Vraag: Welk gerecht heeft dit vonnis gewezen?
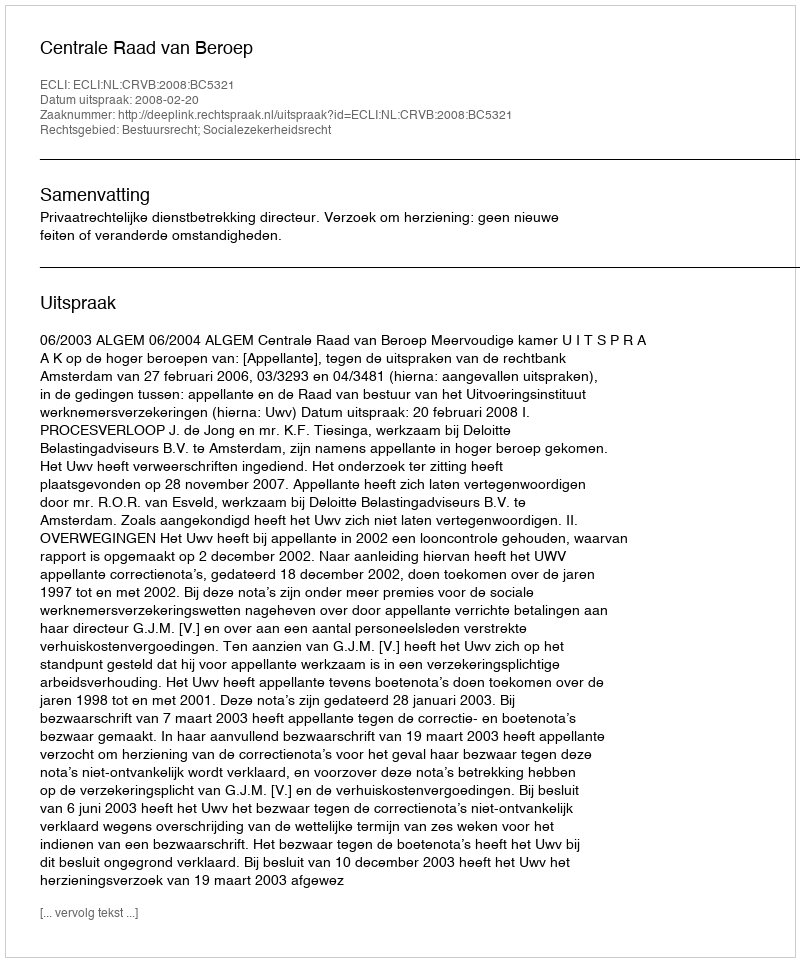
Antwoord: Centrale Raad van Beroep